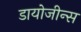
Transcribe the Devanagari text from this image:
डायोजीन्स